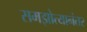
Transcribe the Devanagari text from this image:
समझोत्यानंतर